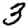
Digit: 3